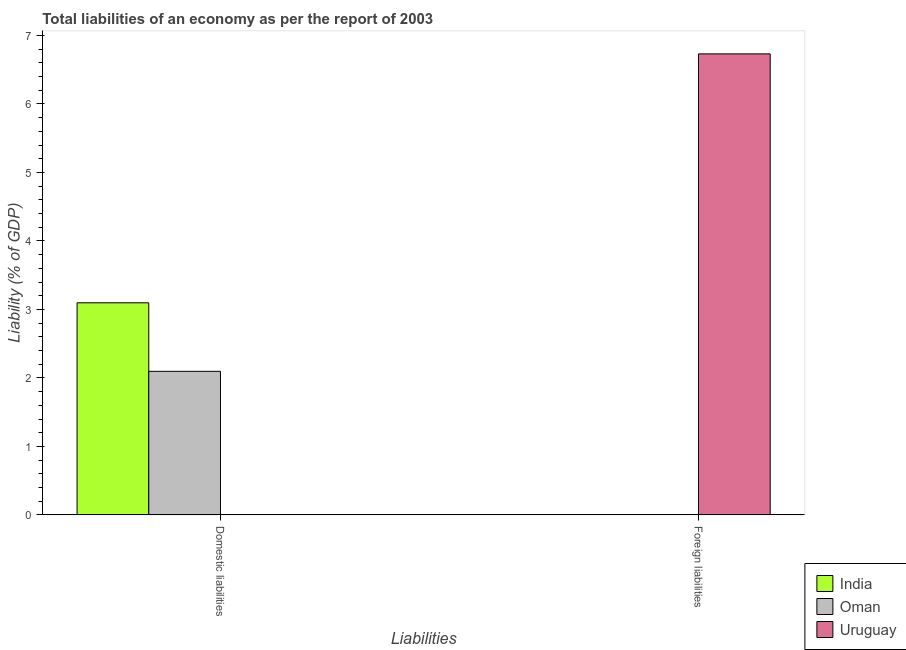
| Liabilities | India | Oman | Uruguay |
 | --- | --- | --- | --- |
 | Domestic liabilities | 3.1 | 2.1 | -5.12 |
 | Foreign liabilities | -0.27 | -1.91 | 6.73 |